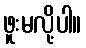
ဖူးမလို့ပါ။